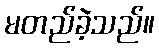
မတည်ခဲ့သည်။